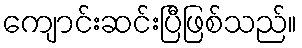
ကျောင်းဆင်းပြီဖြစ်သည်။